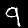
Digit: 9